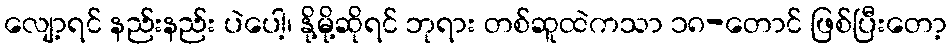
လျော့ရင် နည်းနည်း ပဲပေါ့၊ နို့မို့ဆိုရင် ဘုရား တစ်ဆူထဲကသာ ၁၈-တောင် ဖြစ်ပြီးတော့